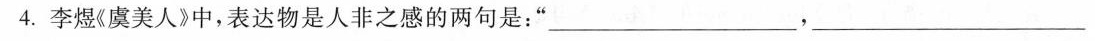
4.李煜(虞美人》中，表达物是人非之感的两句是：”___，___